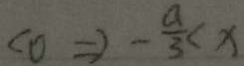
( 0 = ) - \frac { a } { 3 } < x